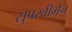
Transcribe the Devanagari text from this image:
सुपरवीमैन